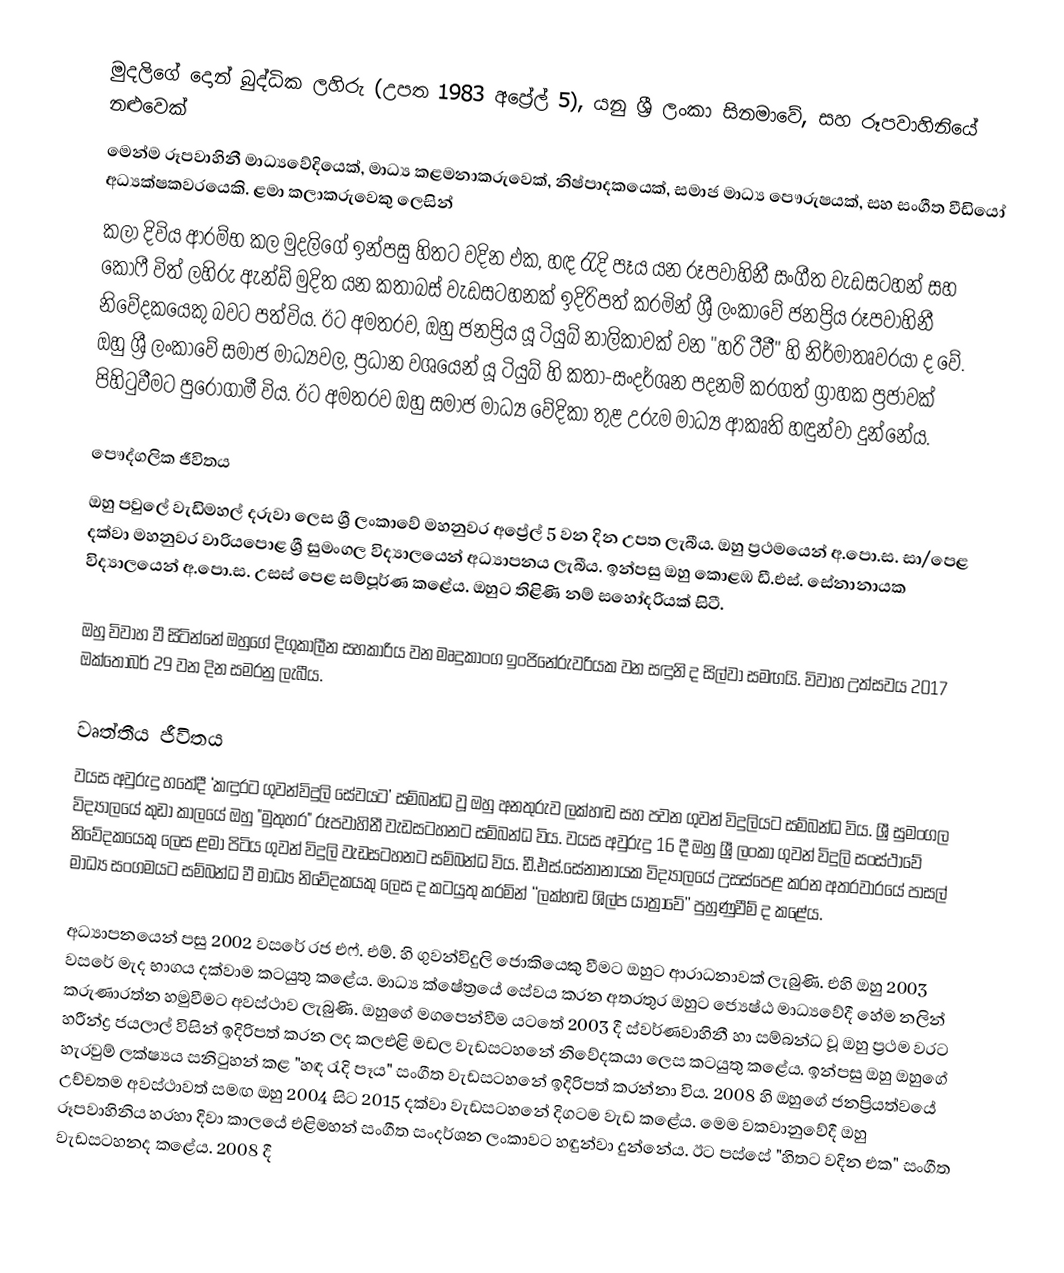
මුදලිගේ දොන් බුද්ධික ලහිරු (උපත 1983 අප්‍රේල් 5), යනු ශ්‍රී ලංකා සිනමාවේ, සහ රූපවාහිනියේ නළුවෙක්
මෙන්ම රූපවාහිනී මාධ්‍යවේදියෙක්, මාධ්‍ය කළමනාකරුවෙක්, නිෂ්පාදකයෙක්, සමාජ මාධ්‍ය පෞරුෂයක්, සහ සංගීත වීඩියෝ අධ්‍යක්ෂකවරයෙකි. ළමා කලාකරුවෙකු ලෙසින්
කලා දිවිය ආරම්භ කල මුදලිගේ ඉන්පසු හිතට වදින එක, හඳ ‍රැදි පෑය යන රූපවාහිනී සංගීත වැඩසටහන් සහ කොෆී විත් ලහිරු ඇන්ඩ් මුදිත යන කතාබස් වැඩසටහනක් ඉදිරිපත් කරමින් ශ්‍රී ලංකාවේ ජනප්‍රිය රූපවාහිනී නිවේදකයෙකු බවට පත්විය. ඊට අමතරව, ඔහු ජනප්‍රිය යූ ටියුබ් නාලිකාවක් වන "හරි ටීවී" හි නිර්මාතෘවරයා ද වේ. ඔහු ශ්‍රී ලංකාවේ සමාජ මාධ්‍යවල, ප්‍රධාන වශයෙන් යූ ටියුබ් හි කතා-සංදර්ශන පදනම් කරගත් ග්‍රාහක ප්‍රජාවක් පිහිටුවීමට පුරෝගාමී විය. ඊට අමතරව ඔහු සමාජ මාධ්‍ය වේදිකා තුළ උරුම මාධ්‍ය ආකෘති හඳුන්වා දුන්නේය.

පෞද්ගලික ජීවිතය
ඔහු පවුලේ වැඩිමහල් දරුවා ලෙස ශ්‍රී ලංකාවේ මහනුවර අප්‍රේල් 5 වන දින උපත ලැබීය. ඔහු ප්‍රථමයෙන් අ.පො.ස. සා/පෙළ දක්වා මහනුවර වාරියපොළ ශ්‍රී සුමංගල විද්‍යාලයෙන් අධ්‍යාපනය ලැබීය. ඉන්පසු ඔහු කොළඹ ඩී.එස්. සේනානායක විද්‍යාලයෙන් අ.පො.ස. උසස් පෙළ සම්පූර්ණ කළේය. ඔහුට තිළිණි නම් සහෝදරියක් සිටී.

ඔහු විවාහ වී සිටින්නේ ඔහුගේ දිගුකාලීන සහකාරිය වන මෘදුකාංග ඉංජිනේරුවරියක වන සඳුනි ද සිල්වා සමඟයි. විවාහ උත්සවය 2017 ඔක්තෝබර් 29 වන දින සමරනු ලැබීය.

වෘත්තීය ජීවිතය
වයස අවුරුදු හතේදී ‘කඳුරට ගුවන්විදුලි සේවයට’ සම්බන්ධ වූ ඔහු අනතුරුව ලක්හඬ සහ පවන ගුවන් විදුලියට සම්බන්ධ විය. ශ්‍රී සුමංගල විද්‍යාලයේ කුඩා කාලයේ ඔහු "මුතුහර" රූපවාහිනී වැඩසටහනට සම්බන්ධ විය. වයස අවුරුදු 16 දී ඔහු ශ්‍රී ලංකා ගුවන් විදුලි සංස්ථාවේ නිවේදකයෙකු ලෙස ළමා පිටිය ගුවන් විදුලි වැඩසටහනට සම්බන්ධ විය. ඩී.එස්.සේනානායක විද්‍යාලයේ උසස්පෙළ කරන අතරවාරයේ පාසල් මාධ්‍ය සංගමයට සම්බන්ධ වී මාධ්‍ය නිවේදකයකු ලෙස ද කටයුතු කරමින් ‘‘ලක්හඬ ශිල්ප යාත්‍රාවේ’’ පුහුණුවීම් ද කළේය.

අධ්‍යාපනයෙන් පසු 2002 වසරේ රජ එෆ්. එම්. හි ගුවන්විදුලි ජොකියෙකු වීමට ඔහුට ආරාධනාවක් ලැබුණි. එහි ඔහු 2003 වසරේ මැද භාගය දක්වාම කටයුතු කළේය. මාධ්‍ය ක්ෂේත්‍රයේ සේවය කරන අතරතුර ඔහුට ජ්‍යෙෂ්ඨ මාධ්‍යවේදී හේම නලින් කරුණාරත්න හමුවීමට අවස්ථාව ලැබුණි. ඔහුගේ මගපෙන්වීම යටතේ 2003 දී ස්වර්ණවාහිනී හා සම්බන්ධ වූ ඔහු ප්‍රථම වරට හරීන්ද්‍ර ජයලාල් විසින් ඉදිරිපත් කරන ලද කලඑළි මඩල වැඩසටහනේ නිවේදකයා ලෙස කටයුතු කළේය. ඉන්පසු ඔහු ඔහුගේ හැරවුම් ලක්ෂ්‍යය සනිටුහන් කළ "හඳ රැදි පෑය" සංගීත වැඩසටහනේ ඉදිරිපත් කරන්නා විය. 2008 හි ඔහුගේ ජනප්‍රියත්වයේ උච්චතම අවස්ථාවත් සමඟ ඔහු 2004 සිට 2015 දක්වා වැඩසටහනේ දිගටම වැඩ කළේය. මෙම වකවානුවේදී ඔහු රූපවාහිනිය හරහා දිවා කාලයේ එළිමහන් සංගීත සංදර්ශන ලංකාවට හඳුන්වා දුන්නේය. ඊට පස්සේ "හිතට වදින එක" සංගීත වැඩසටහනද කළේය. 2008 දී